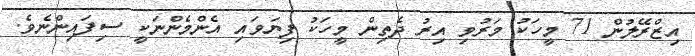
އިޒްރޭލުން 71 މީހަކު މަރުވި އިރު ދެތިން މީހަކު ފިޔަވައި އެންމެންނަކީ ސިފައިންނެވެ.